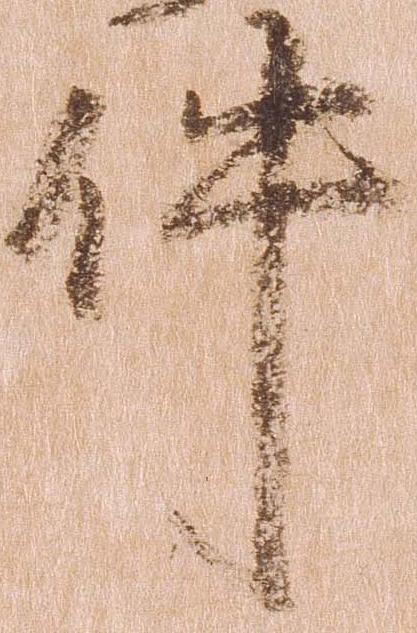
件